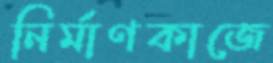
নির্মাণকাজে